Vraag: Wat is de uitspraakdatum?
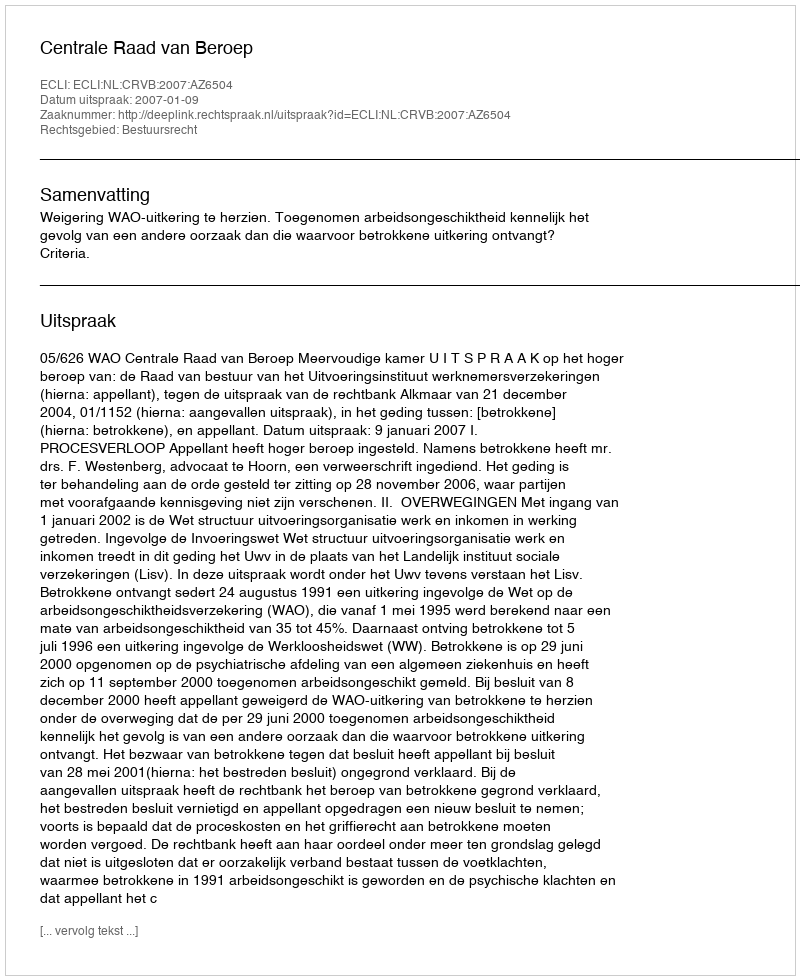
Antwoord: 2007-01-09